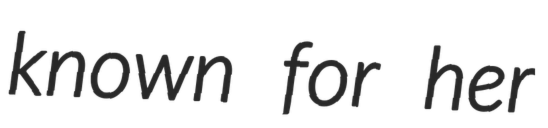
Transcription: known for her